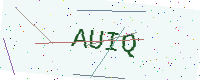
Text: AUIQ